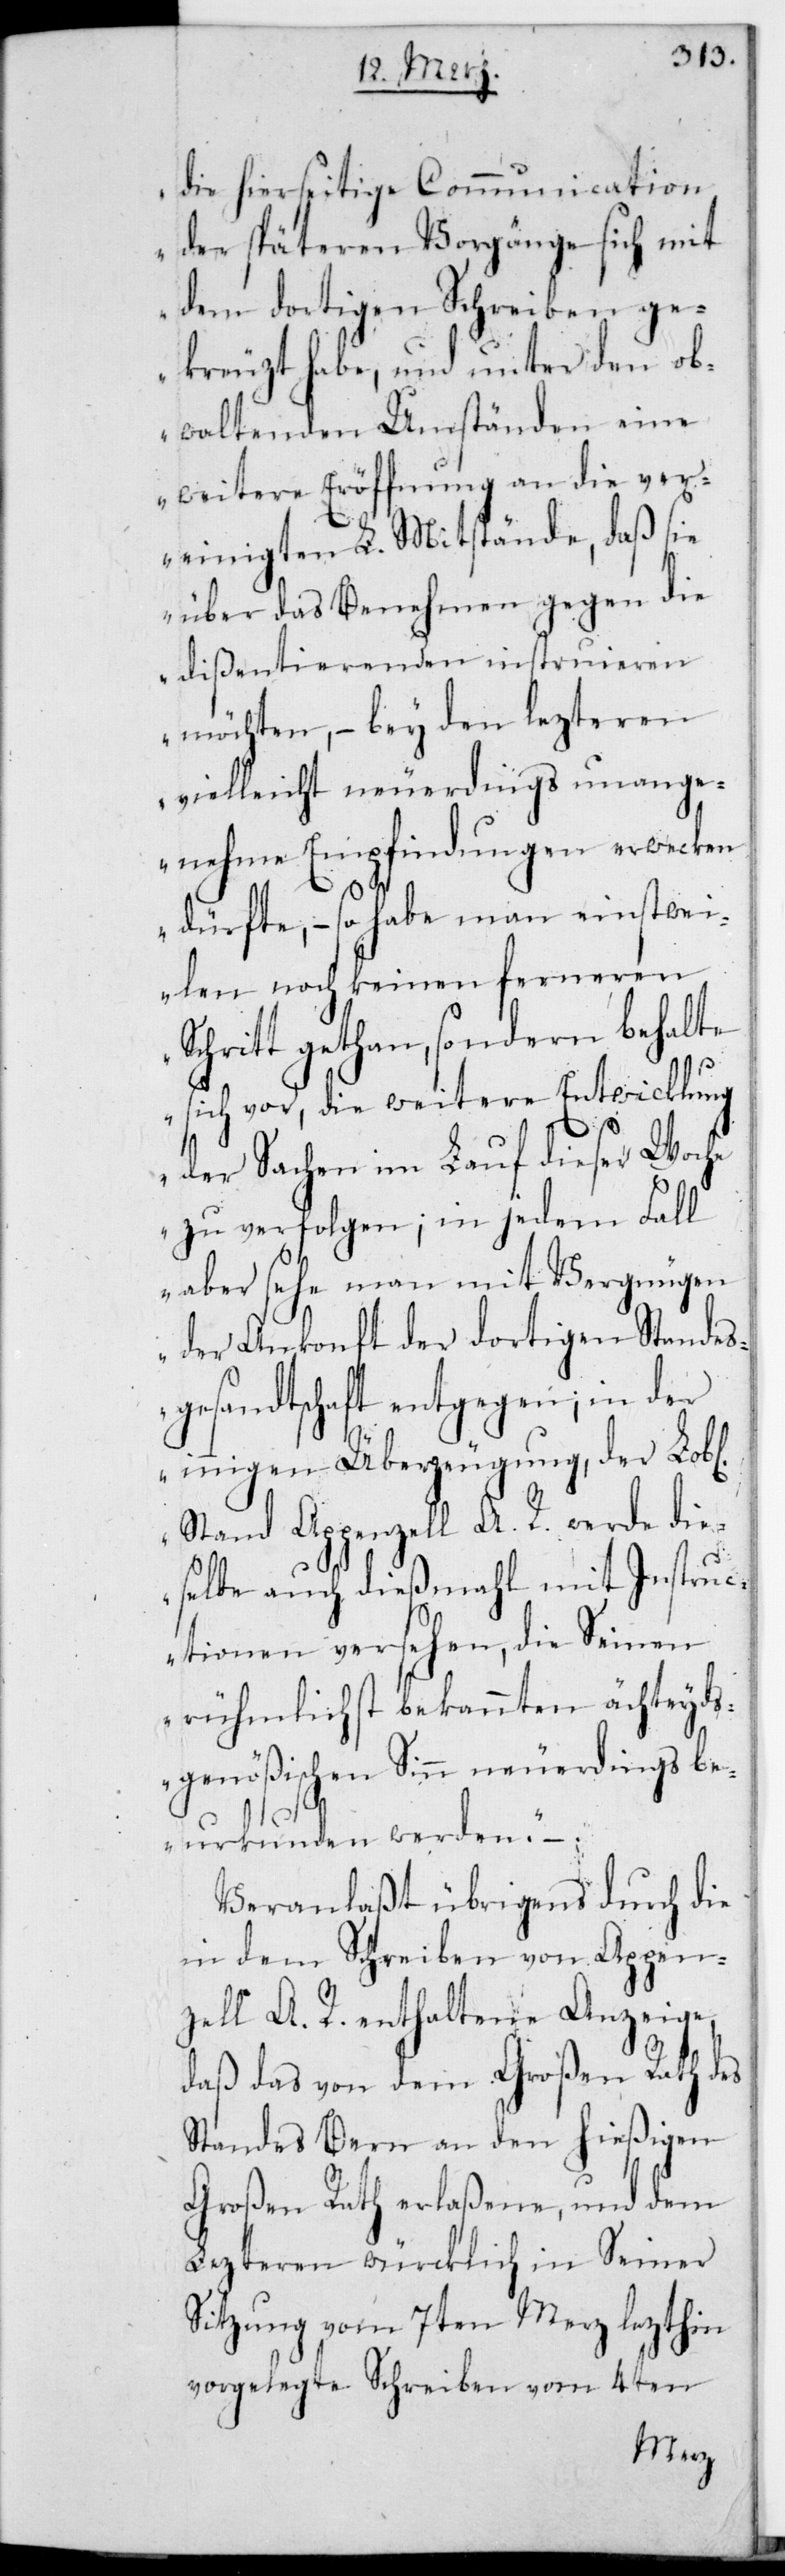
die hierseitige Communication
der späteren Vorgänge sich mit
dem dortigen Schreiben ge¬
kreuzt habe, und unter den ob¬
waltenden Umständen eine
weitere Eröffnung an die ver¬
einigten L. Mitstände, daß sie
über das Benehmen gegen die
Dißentierenden instruieren
möchten, – bey den lezteren
vielleicht neuerdings unange¬
nehme Empfindungen erwecken
dürfte, – so habe man einstwei¬
len noch keinen ferneren
Schritt gethan, sondern behalte
sich vor, die weitere Entwicklung
der Sachen im Lauf dieser Woche
zu verfolgen; in jedem Fall
aber sehe man mit Vergnügen
der Ankonft der dortigen Standes¬
gesandtschaft entgegen, in der
innigen Überzeugung, der Lobl.
Stand Appenzell A. R. werde die¬
selbe auch diesmal mit Instruc¬
tionen versehen, die seinen
rühmlichst bekannten ächteyds¬
genößischen Sinn neuerdings be¬
urkunden werden.“ –.
Veranlaßt übrigens durch die
in dem Schreiben von Appen¬
zell A. R. enthaltene Anzeige,
daß das von dem Großen Rath des
Standes Bern an den hießigen
Großen Rath erlaßene, und dem
lezteren würklich in seiner
Sitzung vom 7ten Merz lezthin
vorgelegte Schreiben vom 4ten